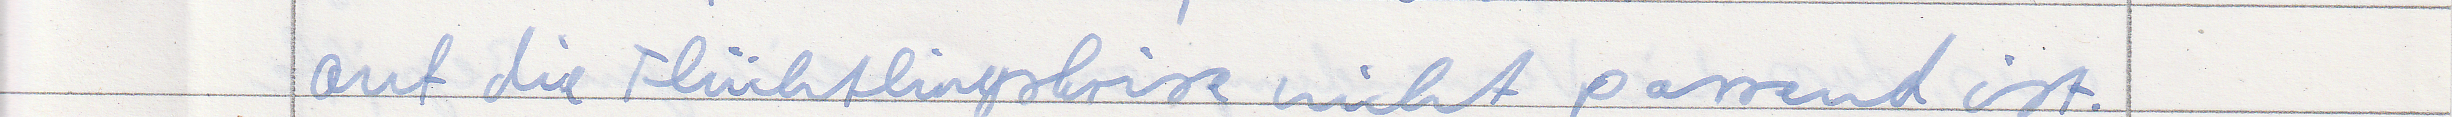
auf die Flüchtlingskrise nicht passend ist.